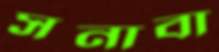
সনাবা